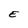
Character: E